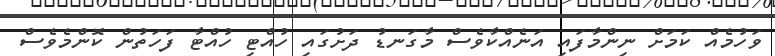
ވަހުމެއް ކަމަށް ނިންމާފައި އަނެއްކާވެސް މާގަނޑު ދަށުގައި ހުއްޓި ހުއްޓާ ފަހަތުން ކޮންމެވެސް